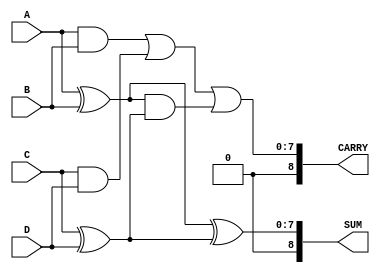
module DynamicCarrySaveAdder #(
    parameter WIDTH = 8,  // Width of each operand
    parameter NUM_OPS = 4 // Number of operands
)(
    input  wire [WIDTH-1:0] A,  // Operand A
    input  wire [WIDTH-1:0] B,  // Operand B
    input  wire [WIDTH-1:0] C,  // Operand C
    input  wire [WIDTH-1:0] D,  // Operand D
    output wire [WIDTH:0] SUM,   // Sum output (WIDTH + 1 to handle carry)
    output wire [WIDTH:0] CARRY   // Carry output (WIDTH + 1 to handle carry)
);

    wire [WIDTH-1:0] sum1, sum2, carry1, carry2;
    
    // Full adders for first pair (A and B)
    assign sum1 = A ^ B;               // Sum1 = A XOR B
    assign carry1 = A & B;             // Carry1 = A AND B

    // Full adders for second pair (C and D)
    assign sum2 = C ^ D;               // Sum2 = C XOR D
    assign carry2 = C & D;             // Carry2 = C AND D

    // Intermediate sums and carries
    wire [WIDTH-1:0] final_sum, final_carry;

    // Combine results from the two pairs
    assign final_sum = sum1 ^ sum2;                    // Final Sum
    assign final_carry = carry1 | carry2 | (sum1 & sum2); // Final Carry
    
    // Final outputs with carry bits included
    assign SUM = {1'b0, final_sum}; // Zero extended sum
    assign CARRY = final_carry;     // Carry as-is

endmodule